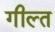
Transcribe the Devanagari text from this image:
गील्त